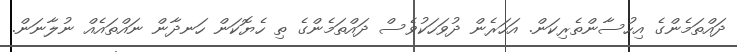
ދައްތަމެންގެ އިހުސާންތެރިކަން. އަހަރެން ދުވަހަކުވެސް ދައްތަމެންގެ ތި ހެޔޮކަން ހަނދާން ނައްތައެއް ނުލާނަން.